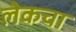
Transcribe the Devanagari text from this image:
लेकचा